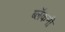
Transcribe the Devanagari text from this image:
ब्लॅकनी